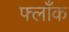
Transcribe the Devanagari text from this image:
फ्लाँक